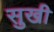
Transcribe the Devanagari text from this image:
सुखी